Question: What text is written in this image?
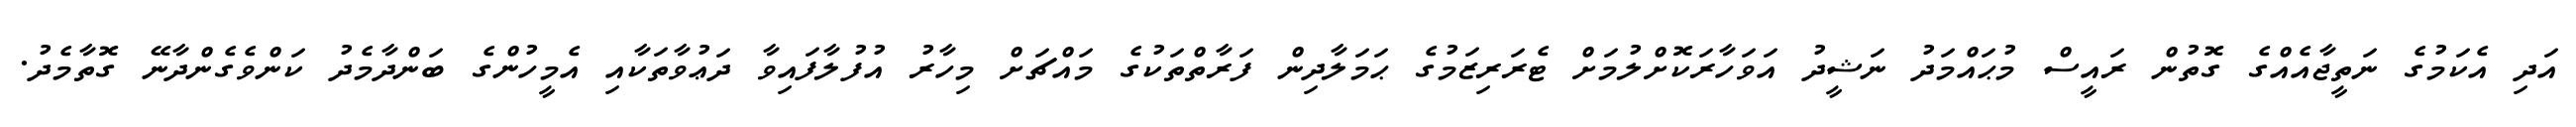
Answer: އަދި އެކަމުގެ ނަތީޖާއެއްގެ ގޮތުން ރައީސް މުޙައްމަދު ނަޝީދު އަވަހާރަކޮށްލުމަށް ޓެރަރިޒަމުގެ ޙަމަލާދިން ފަރާތްތަކުގެ މައްޗަށް މިހާރު އުފުލާފައިވާ ދަޢުވާތަކާއި އެމީހުންގެ ބަންދާމެދު ކަންވެގެންދާނޭ ގޮތާމެދު.